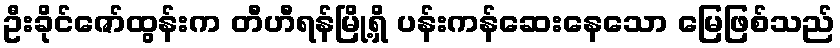
ဦးခိုင်ဇော်ထွန်းက တီဟီရန်မြို့ရှိ ပန်းကန်ဆေးနေသော မြေဖြစ်သည်